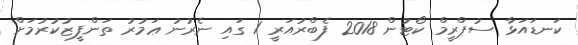
ކަނޑައަޅާ ސުޕްރީމް ކޯޓުން 2018 ފެބްރުއަރީ 1 ގައި ނެރުނު ޢަމުރު ތަންފީޒުކުރުމަށް